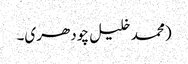
(محمد خلیل چودھری۔